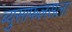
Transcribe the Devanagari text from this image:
ब्युसाफलसला